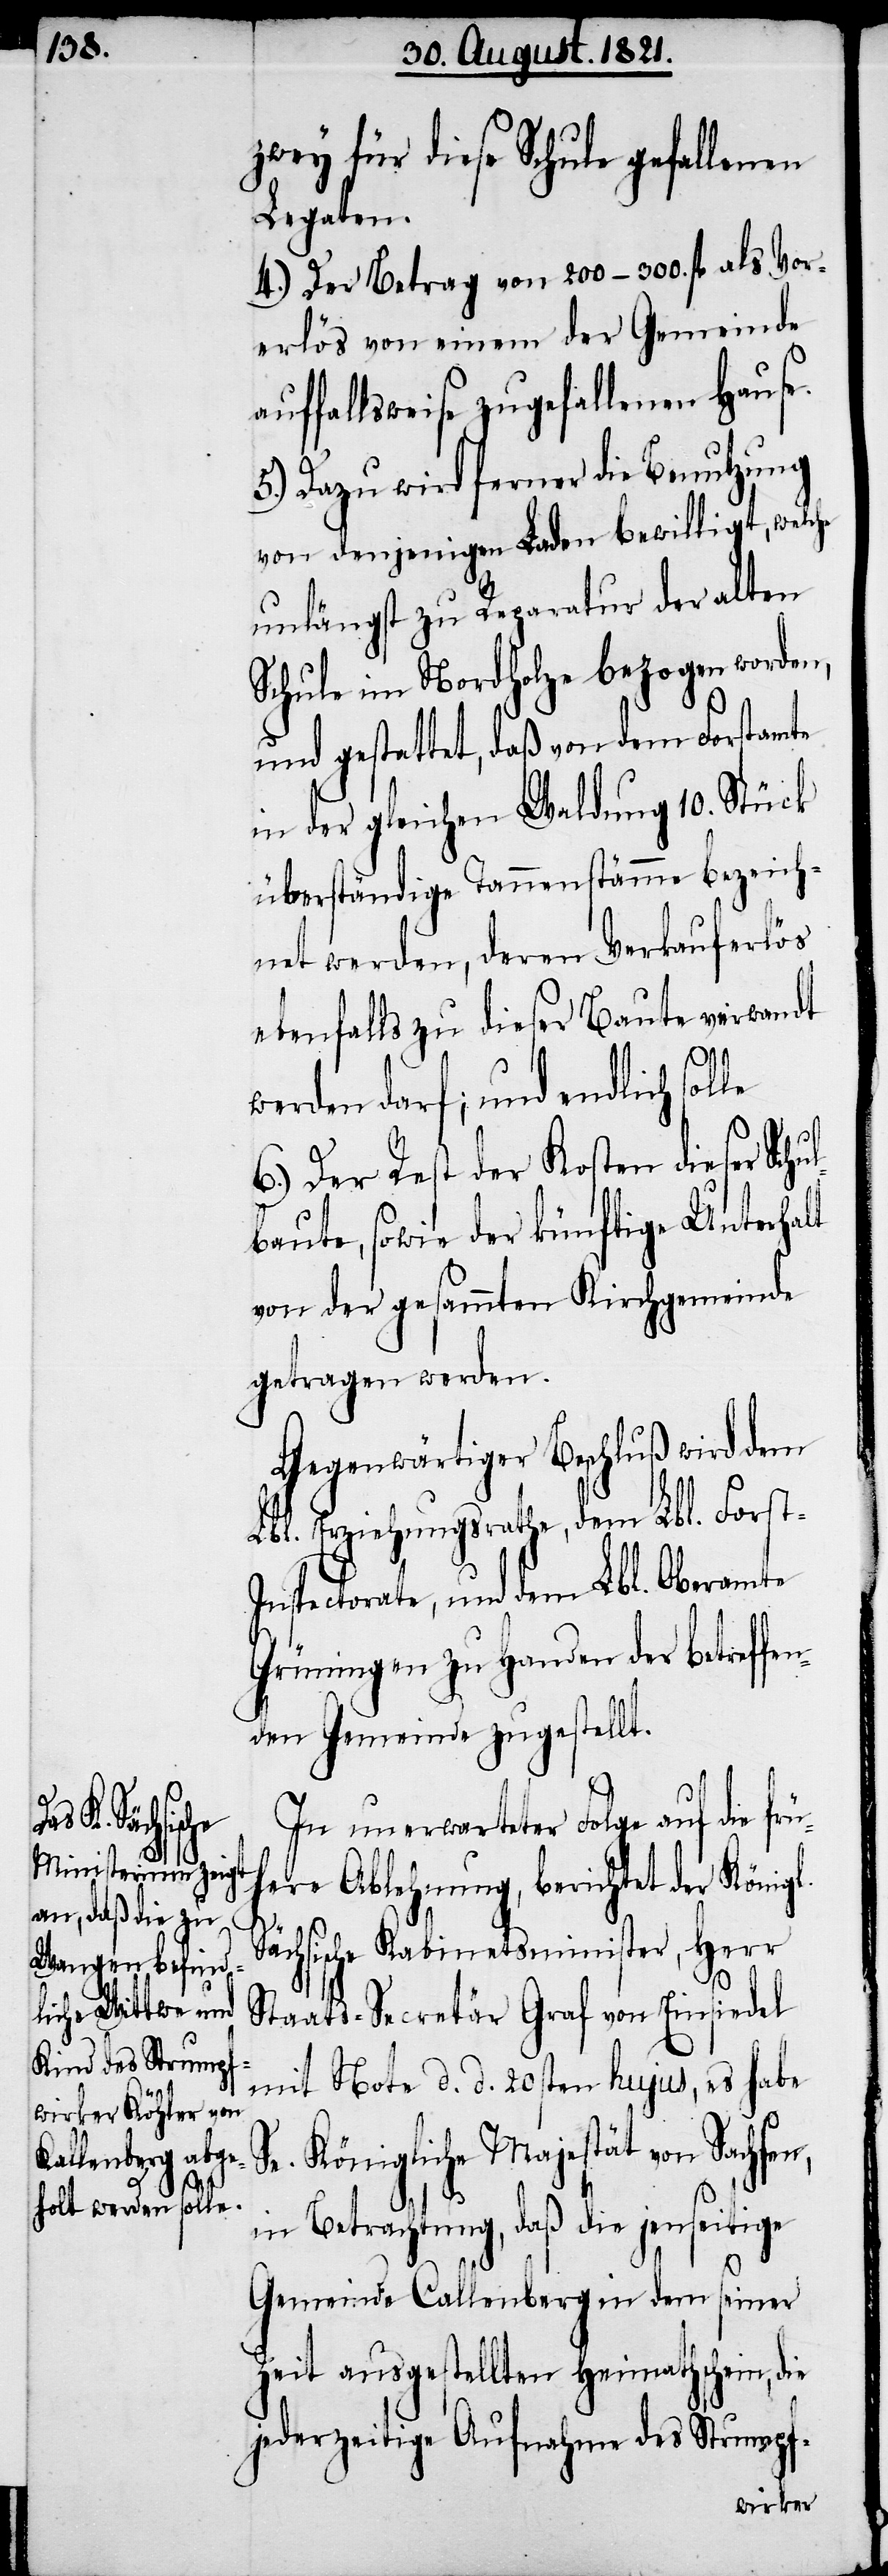
S¬

zwey für diese Schule gefallenen
Legaten.
4.) Der Betrag von 200–300. fl. als Vor¬
erlös von einem der Gemeinde
auffallsweise zugefallenen Hause.
5.) Dazu wird ferner die Benutzung
von denjenigen Laden bewilligt, welche
unlängst zu Reparatur der alten
Schule im Nordholze bezogen worden,
und gestattet, daß von dem Forstamte
in der gleichen Waldung 10. Stück
überständige Tannenstämme bezeich¬
net werden, deren Verkauferlös
ebenfalls zu dieser Baute verwandt
werden darf; und endlich sol¬
6.) Der Rest der Kosten dieser Schu¬
lbaute, sowie der künftige Unterhalt
von der gesammten Kirchgemeinde
getragen werden.
Gegenwärtiger Beschluß wird dem
Lbl. Erziehungsrathe, dem Lbl. Fors¬
t-Inspectorate, und dem Lbl. Oberamte
Grünigen zu Handen der betreffe¬
nden Gemeinde zugestellt.
In unerwarteter Folge auf die f¬
e Ablehnung, berichtet der Königl.
ächsische Kabinetsminister, Herr
Staats-Secretär Graf von Einsiedel
mit Note d. d. 20sten hujus, es habe
Se. Königliche Majestät von Sachsen,
in Betrachtung, daß die jenseitige
Gemeinde Callenberg in dem seiner
Zeit ausgestellten Heimathschein,
jederzeitige Aufnahme des Strumpf-
rüher¬